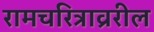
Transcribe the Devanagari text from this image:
रामचरित्राव्ररील